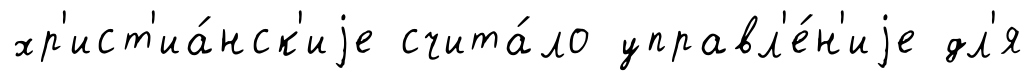
хр'ист'иа́нск'иjе счита́ло управл'е́н'иjе дл'я